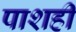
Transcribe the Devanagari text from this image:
पाशही